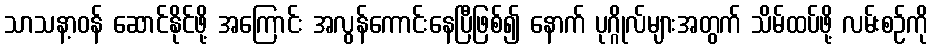
သာသနာ့ဝန် ဆောင်နိုင်ဖို့ အကြောင်း အလွန်ကောင်းနေပြီဖြစ်၍ နောက် ပုဂ္ဂိုလ်များအတွက် သိမ်ထပ်ဖို့ လမ်းစဉ်ကို